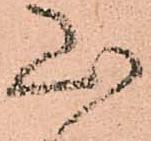
山